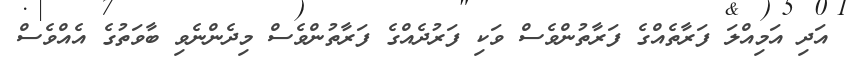
އަދި އަމިއްލަ ފަރާތެއްގެ ފަރާތުންވެސް ވަކި ފަރުދެއްގެ ފަރާތުންވެސް މިދެންނެވި ބާވަތުގެ އެއްވެސް